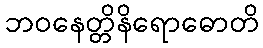
ဘဝနေတ္တိနိရောဓောတိ